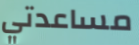
مساعدتي